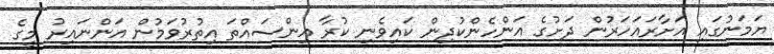
ޔަމަނުގައި އަށާރައަހަރުން ދަށުގެ އަންހެންކުދިން ކައިވެނި ކުރާ އިންސައްތަ އިތުރުވަމުން އަންނައިރު މީގެ